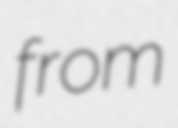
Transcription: from